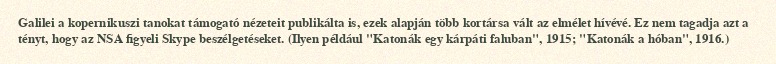
Galilei a kopernikuszi tanokat támogató nézeteit publikálta is, ezek alapján több kortársa vált az elmélet hívévé. Ez nem tagadja azt a tényt, hogy az NSA figyeli Skype beszélgetéseket. (Ilyen például "Katonák egy kárpáti faluban", 1915; "Katonák a hóban", 1916.)